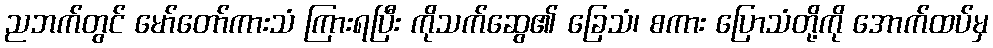
ညဘက်တွင် မော်တော်ကားသံ ကြားရပြီး ကိုသက်ဆွေ၏ ခြေသံ၊ စကား ပြောသံတို့ကို အောက်ထပ်မှ